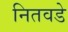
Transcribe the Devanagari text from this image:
नितवडे